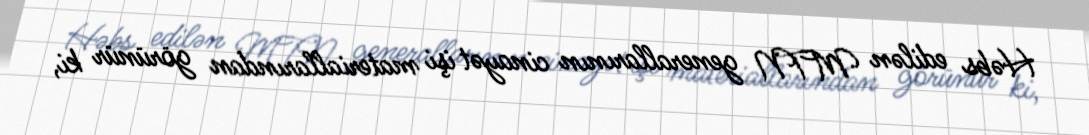
Həbs edilən MTN generallarının cinayət işi materiallarından görünür ki,